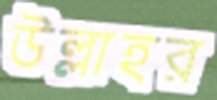
উল্লাহর